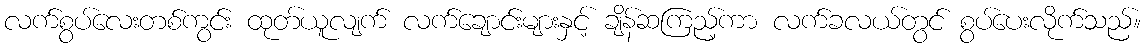
လက်စွပ်လေးတစ်ကွင်း ထုတ်ယူလျက် လက်ချောင်းများနှင့် ချိန်ဆကြည့်ကာ လက်ခလယ်တွင် စွပ်ပေးလိုက်သည်။